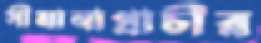
সীমানাপ্রাচীর